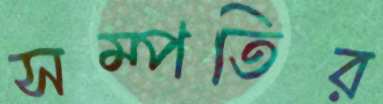
সম্পতির